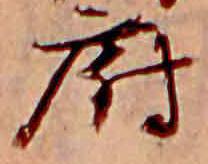
府